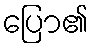
ပြော၏